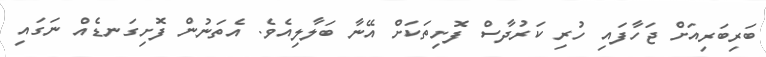
ބަރިބަރިއަށް ޖަހާފައި ހުރި ކަރުދާސް ފޮށިތަކަށް އޭނާ ބަލާލިއެވެ. އެތަނުން ފޮށިގަނޑެއް ނަގައި